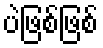
ပဲဖြစ်ဖြစ်